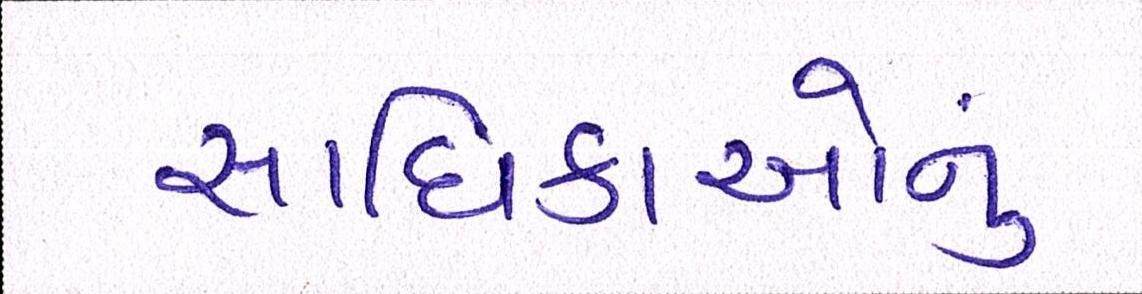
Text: સાધિકાઓનું